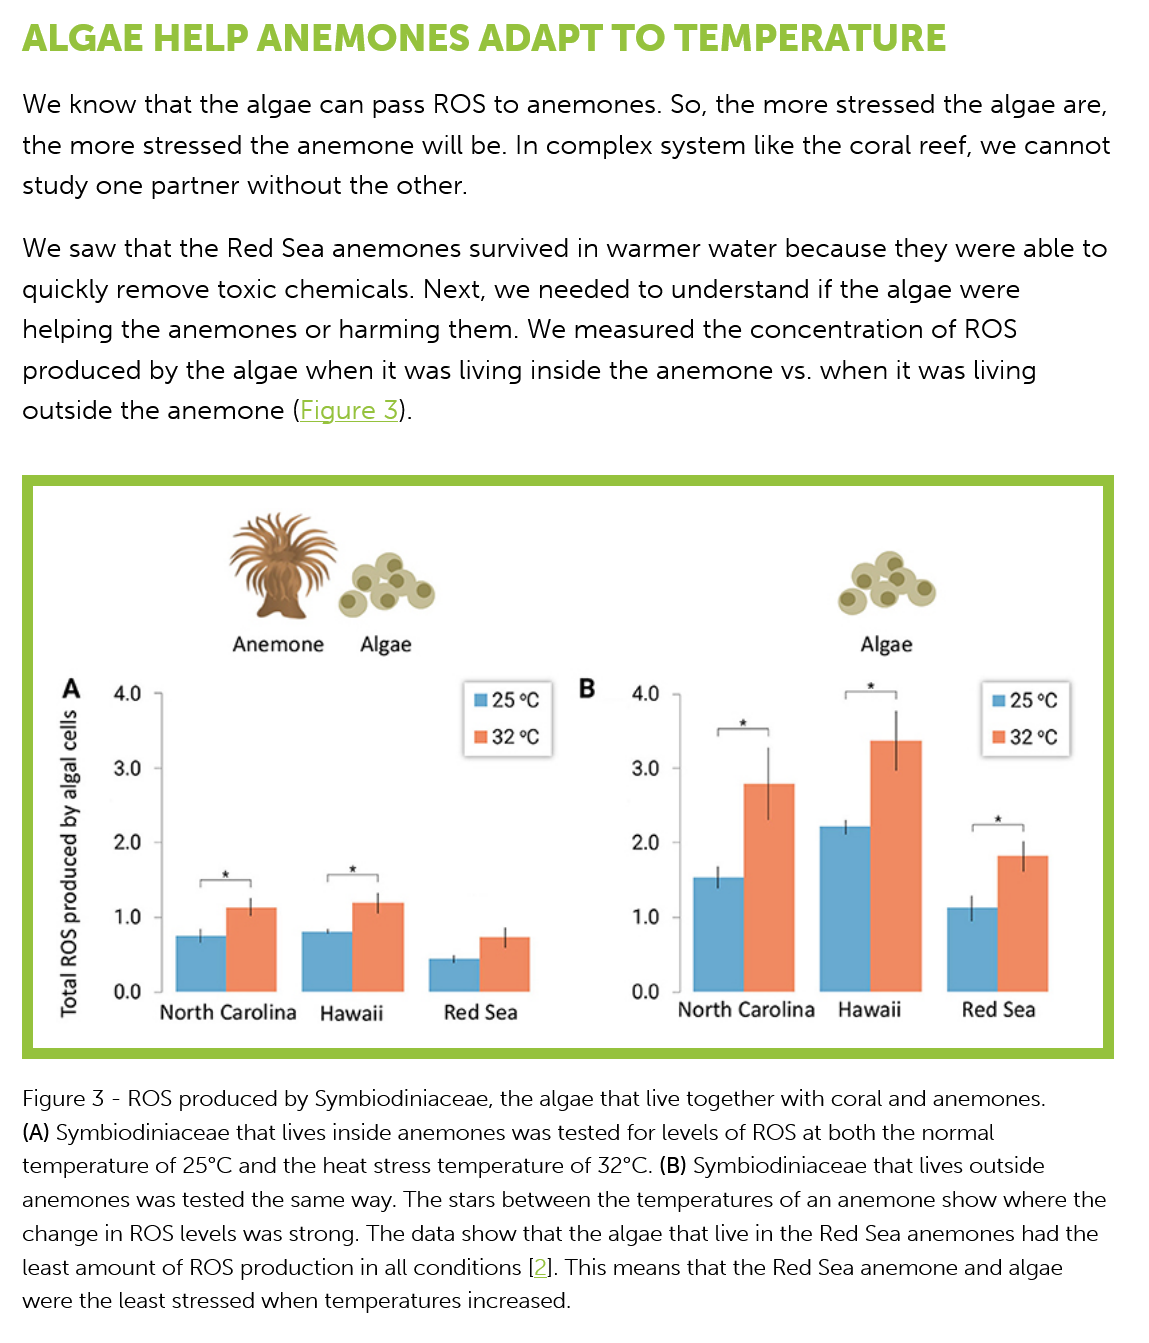
ALGAE    HELP    ANEMONES    ADAPT    TO    TEMPERATURE
  We  know that  the algae can  pass ROS  to anemones.  So, the more stressed  the algae are,
  the more  stressed the anemone  will  be. In complex  system like the coral reef, we cannot
  study  one partner without  the other.
  We saw   that the Red Sea anemones  survived   in warmer  water because  they were  able to
  quickly remove   toxic chemicals. Next, we needed   to understand  if the algae were
  helping  the anemones   or harming  them. We  measured   the concentration  of ROS
  produced   by the algae when it was living inside the anemone vs.  when it was living
  outside  the anemone (Figure   3).
  Figure 3
     -
     ROS produced by Symbiodiniaceae, the algae that live together with coral and anemones.
  (A) Symbiodiniaceae that lives inside anemones was tested for levels of ROS at both the normal
  temperature of 25°C and the heat stress temperature of 32°C. (B) Symbiodiniaceae that lives outside
  anemones was tested the same way. The stars between the temperatures of an anemone show where the
  change in ROS levels was strong. The data show that the algae that live in the Red Sea anemones had the
  least amount of ROS production in all conditions [2]. This means that the Red Sea anemone and algae
  were the least stressed when temperatures increased.
     Anemone   Algae
     4.0
     3.0
     North Carolina Hawaii   Red Sea    North Carolina Hawaii   Red Sea
     0.0
     3.0
     25°C
     32°C s}J29
     je3je
     Aq
     paonposd
     soy
     |e}0L
     Algae
     25°C
     32°C